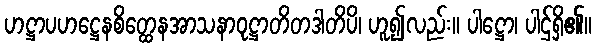
ဟဋ္ဌာပဟဋ္ဌေနစိတ္ထေနအာသနာဝုဋ္ဌာတိတဒါတိပိ၊ ဟူ၍လည်း။ ပါဋ္ဌော၊ ပါဌ်ရှိ၏။